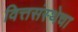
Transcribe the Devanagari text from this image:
वित्तसंस्थेचा